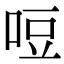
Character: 哣